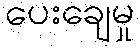
ပေးချေမှု